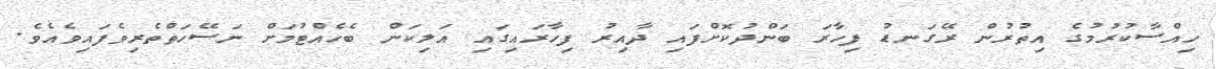
ހިއްސާކުރުމުގެ އިތުރުން ރޭގަނޑު ފިހާރަ ބަންދުކޮށްފައި ދާއިރު ފިހާރައިގައި އަލިކަން ބެހެއްޓުމަށް ނަސޭހަތްތެރިވެފައިވެއެވެ.